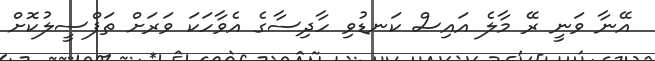
އޭނާ ވަނީ ރޭ މާލެ އައިސް ކަނޑުވި ހާދިސާގެ އެވާހަކަ ވަރަށް ތަފްސީލުކޮށް